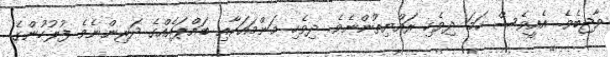
ވާޖިބެވެ. އެއީވެސް ހަމަ ދިވެހި ރައްޔިތުންނެވެ. ދިވެހި މަންމައަކާއި ބައްޕައެއްގެ ދަރިންނެވެ. ފުލުހުންގެ